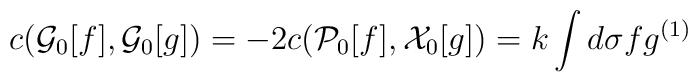
c({\cal G}_0[f],{\cal G}_0[g]) =- 2 c({\cal P}_0[f],{\cal X}_0[g])= k \int d\sigma f g^{(1)}